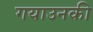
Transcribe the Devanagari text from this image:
गयाउनकी